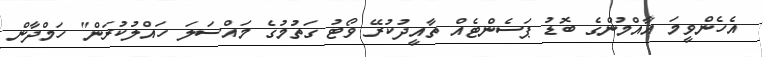
އެހެންވީމަ އާއްމުންގެ ބޮޑު ޕަސެންޓެއް ތާއީދުކުރޭ ވޯޓު ގަތުމުގެ މައްސަލަ ހައްލުކުރަން" ހަމްދާން